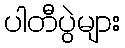
ပါတီပွဲများ